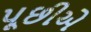
પૂછીએ